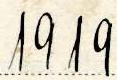
1919